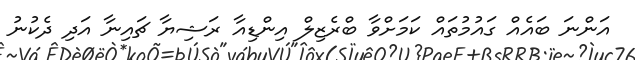
އަންނަ ބައެއް ގައުމުތައް ކަމަށްވާ ބްރެޒިލް އިންޑިއާ ރަޝިޔާ ޗައިނާ އަދި ދެކުނު